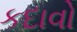
કદાવો